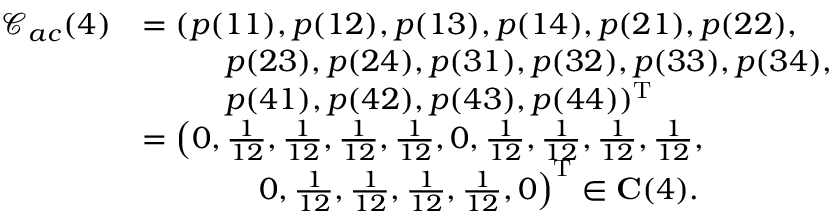
\begin{array} { r l } { \mathcal { C } _ { a c } ( 4 ) } & { = ( p ( 1 1 ) , p ( 1 2 ) , p ( 1 3 ) , p ( 1 4 ) , p ( 2 1 ) , p ( 2 2 ) , } \\ & { ~ ~ ~ ~ ~ ~ ~ ~ p ( 2 3 ) , p ( 2 4 ) , p ( 3 1 ) , p ( 3 2 ) , p ( 3 3 ) , p ( 3 4 ) , } \\ & { ~ ~ ~ ~ ~ ~ ~ ~ p ( 4 1 ) , p ( 4 2 ) , p ( 4 3 ) , p ( 4 4 ) ) ^ { \mathrm { T } } } \\ & { = \left( 0 , \frac { 1 } { 1 2 } , \frac { 1 } { 1 2 } , \frac { 1 } { 1 2 } , \frac { 1 } { 1 2 } , 0 , \frac { 1 } { 1 2 } , \frac { 1 } { 1 2 } , \frac { 1 } { 1 2 } , \frac { 1 } { 1 2 } , \right. } \\ & { ~ ~ ~ ~ ~ ~ ~ ~ ~ ~ ~ \left. 0 , \frac { 1 } { 1 2 } , \frac { 1 } { 1 2 } , \frac { 1 } { 1 2 } , \frac { 1 } { 1 2 } , 0 \right) ^ { \mathrm { T } } \in \mathbf { C } ( 4 ) . } \end{array}